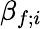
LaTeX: \beta_{f;i}